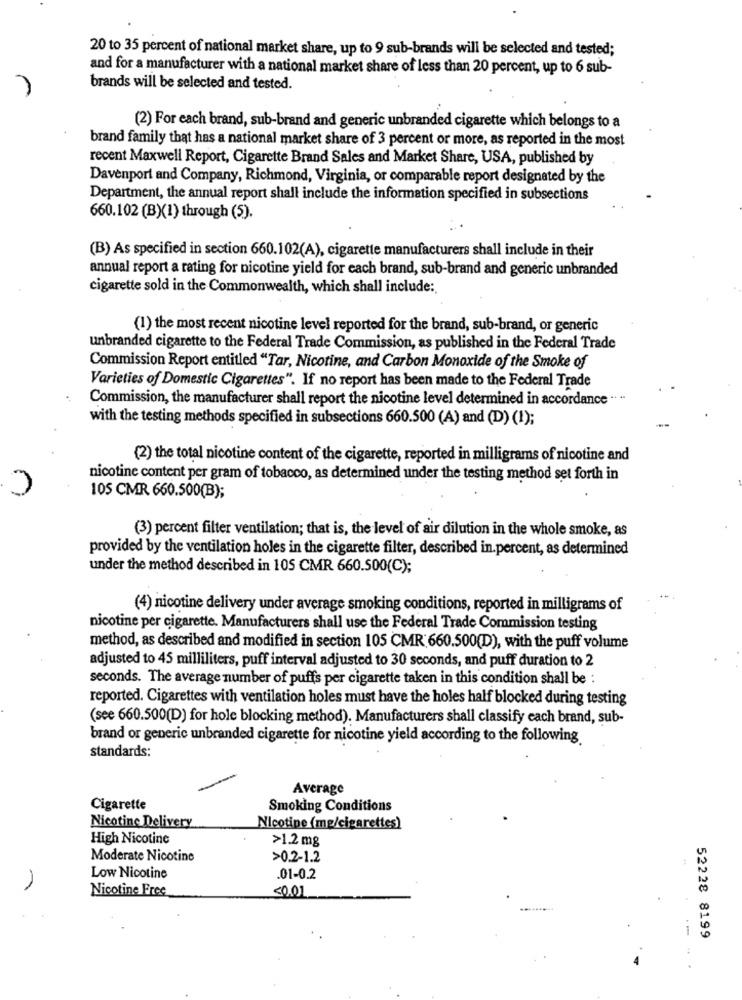
20 to 35 percent of national market share, up to 9 sub-brands will be selected and tested;
and for a manufacturer with a national market share of less than 20 percent, up to 6 sub-
brands will be selected and tested.
(2) For each brand, sub-brand and generic unbranded cigarette which belongs to a
brand family that has a national market share of 3 percent or more, as reported in the most
recent Maxwell Report, Cigarette Brand Sales and Market Share, USA, published by
Davenport and Company, Richmond, Virginia, or comparable report designated by the
Department, the annual report shall include the information specified in subsections
660.102 (B)(1) through (5).
(B) As specified in section 660.102(A), cigarette manufacturers shall include in their
annual report a rating for nicotine yield for each brand, sub-brand and generic unbranded
cigarette sold in the Commonwealth, which shall include:
(1) the most recent nicotine level reported for the brand, sub-brand, or generic
unbranded cigarette to the Federal Trade Commission, as published in the Federal Trade
Commission Report entitled "Tar, Nicotine, and Carbon Monoxide of the Smoke of
Varieties of Domestic Cigarettes". If no report has been made to the Federal Trade
Commission, the manufacturer shall report the nicotine level determined in accordance .. ..
with the testing methods specified in subsections 660.500 (A) and (D) (1);
(2) the total nicotine content of the cigarette, reported in milligrams of nicotine and
nicotine content per gram of tobacco, as determined under the testing method set forth in
105 CMR 660.500(B);
(3) percent filter ventilation; that is, the level of air dilution in the whole smoke, as
provided by the ventilation holes in the cigarette filter, described in.percent, as determined
under the method described in 105 CMR 660.500(C);
(4) nicotine delivery under average smoking conditions, reported in milligrams of
nicotine per cigarette. Manufacturers shall use the Federal Trade Commission testing
method, as described and modified in section 105 CMR 660.500(D), with the puff volume
adjusted to 45 milliliters, puff interval adjusted to 30 seconds, and puff duration to 2
seconds. The average number of puffs per cigarette taken in this condition shall be :
reported. Cigarettes with ventilation holes must have the holes half blocked during testing
(see 660.500(D) for hole blocking method). Manufacturers shall classify each brand, sub-
brand or generic unbranded cigarette for nicotine yield according to the following
standards:
Average
Cigarette
Smoking Conditions
Nicotine Delivery
Nicotine (mg/cigarettes)
High Nicotine
>1.2 mg
Moderate Nicotine
>0.2-1.2
Low Nicotine
.01-0.2
Nicotine Free
<0.01
1
52228 8199